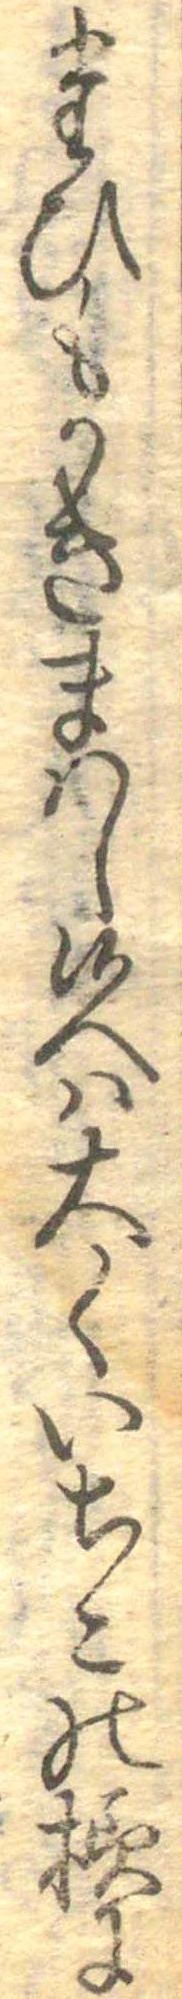
たひもかきまはし候へは大くいちこの様に